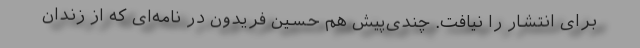
برای انتشار را نیافت. چندی‌پیش هم حسین فریدون در نامه‌ای که از زندان